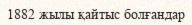
1882 жылы қайтыс болғандар